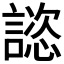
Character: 𧫎